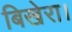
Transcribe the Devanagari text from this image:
बिखेरा।